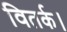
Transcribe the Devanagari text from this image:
वितर्क।